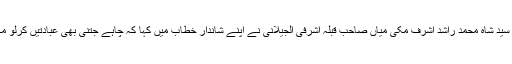
اس کانفرنس کے مقرر خصوصی شہزادہ غوث اعظم حضرت علامہ مولانا سید شاہ محمد راشد اشرف مکی میاں صاحب قبلہ اشرفی الجیلانی نے اپنے شاندار خطاب میں کہا کہ چاہے جتنی بھی عبادتیں کرلو مگر کامل ایمان کے لئے اہلبیت ؑ رسول اﷲ ﷺ کی خالص محبت لازمی ہے ۔